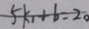
5 k _ { 1 } + b = 2 0